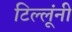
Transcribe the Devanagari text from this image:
टिल्लूंनी